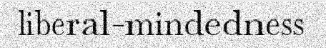
liberal-mindedness